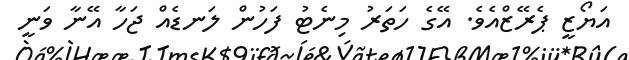
އަޔޯޒީ ޕެރޭޒްއެވެ. އޭގެ ހަތަރު މިނެޓު ފަހުން ލަނޑެއް ޖަހާ އޭނާ ވަނީ